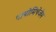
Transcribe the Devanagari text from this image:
थायोमिथेजेम